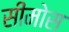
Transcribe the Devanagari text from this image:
सीमोस